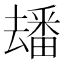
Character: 𤳗